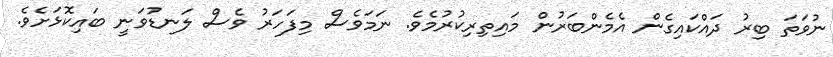
ނުވަތަ ބިރު ދައްކައިގެން އެމެންބަރުން މައިތިރިކުރުމެވެ. ނަމަވެސް މިފަހަރު ވެސް ލަނޑުވަނީ ބައިކޮޅަށެވެ.